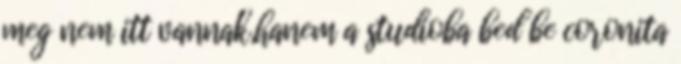
meg nem itt vannak,hanem a studioba bed be coronita